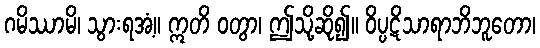
ဂမိဿာမိ၊ သွားရအံ့။ ဣတိ ဝတွာ၊ ဤသို့ဆို၍။ ဝိပ္ပဋိသာရာဘိဘူတော၊